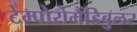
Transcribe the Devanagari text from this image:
टेम्पोरोमैंडिबुलर